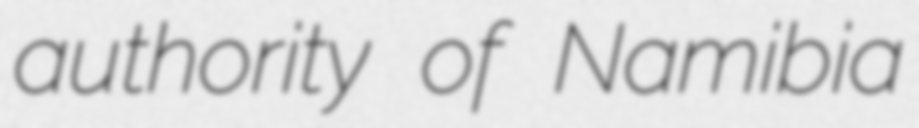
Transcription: authority of Namibia